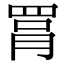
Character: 罥